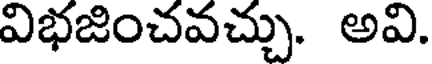
విభజించవచ్చు. అవి.